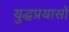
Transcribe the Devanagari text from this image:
युद्धप्रयासों